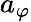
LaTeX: a_{\varphi}